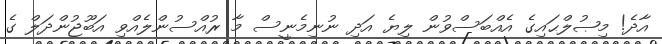
އާދެ! މިޞުލްޙައިގެ އެއްބަސްވުން ލިޔެ އަދި ނުނިމެނީސް މާ ރުއްސުންލެއްވި އަބޫޖުންދަލް ގެ